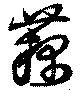
藕